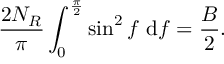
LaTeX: \frac { 2 N _ { R } } { \pi } \int _ { 0 } ^ { \frac { \pi } { 2 } } \sin ^ { 2 } f ~ \mathrm { d } f = \frac { B } { 2 } .